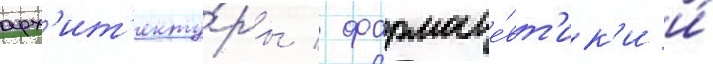
арх'ит'екту́ры / фармаце́вт'ик'и и́